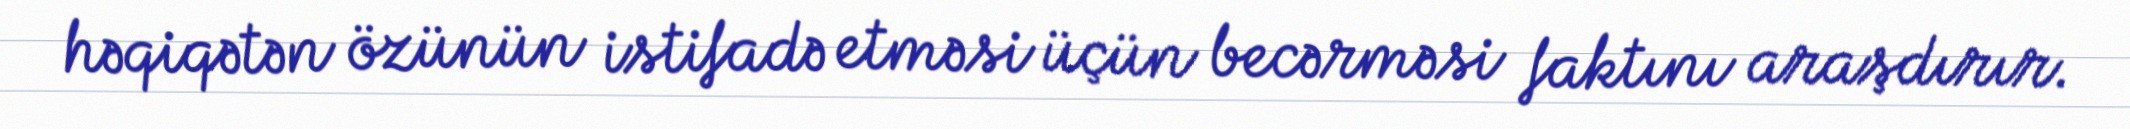
həqiqətən özünün istifadə etməsi üçün becərməsi faktını araşdırır.